Indian Medical Review
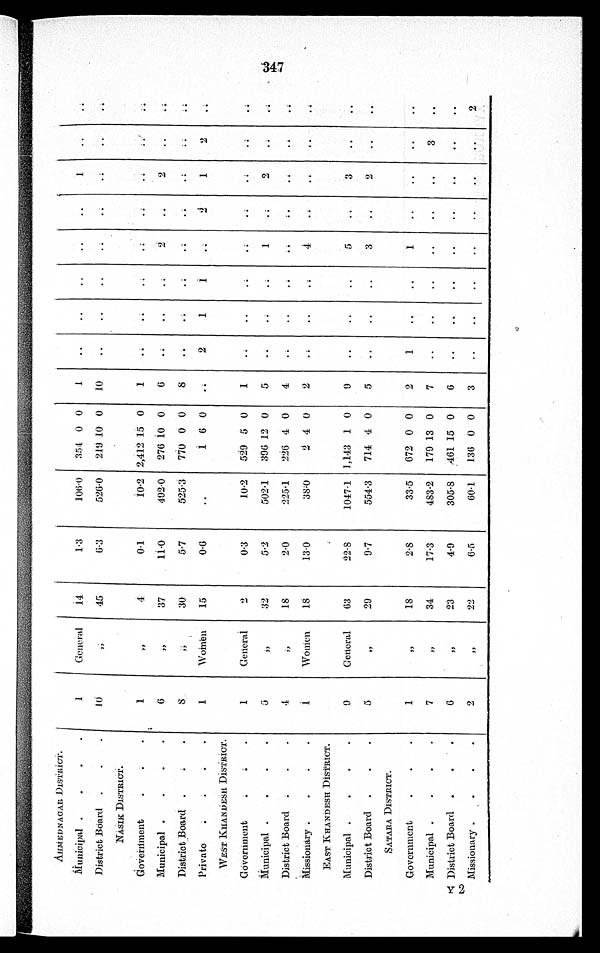
AHMEDNAGAR DISTRICT.
Municipal
1
General
14
1·3
106·0
354 0 0
1
..
..
..
..
..
1
..
. .
District Board
10
,;
45
6·3
526·0
219 10 0
10
..
..
..
. .
. .
. .
. .
. .
NASIK DISTRICT.
Government
,
,
4
0·1
10·2 2,412 15 0
1
. .
. .
. .
. .
. .
. .
. .
. .
Municipal
6
, ,
37
11·0
492·0
276 10 0
6
. .
..
. .
2
. .
2
. .
. .
District Board
8
, ,
30
5·7
525·3
770 0 0
8
. .
. .
. .
. .
. .
. .
. .
. .
Private
1
Women
15
0·6 ..
1 6 0
. .
2
1
1
. .
2
1
2
. .
WEST KHANDESH DISTRICT.
Government
1
General
2
0·3
10·2
529 5 0
1
. .
..
. .
. .
. .
. .
. .
. .
Municipal
5
, , 32
5·2
502·1
396 12 0
5
. .
. .
. .
1
. .
2
. .
. .
District Board
4
, , 18
2·0
225·1
226 4 0
4
. .
..
. .
. .
..
. .
. .
. .
Missionary
1
Women
I8
13·0
38·0
2 4 0
2
. .
..
. .
4
. .
..
..
. .
EAST KHANDESH DISTRICT.
,
Municipal
9
General
63
22·8
1047·1 1,143 1 0
9
..
. .
. .
5
..
. .
. .
. .
District Board
5
, ,
29
9·7
554·3
714 4 0
5
..
. .
. .
3
..
. .
. .
. .
SATARA DISTRICT.
Government
1
, ,
18
2·8
33·5
672 0 0
2
. .
. .
. .
. .
. .
. .
. .
. .
Municipal
7
, ,
34
17·3
483·2
179 13 0
7
..
..
..
. .
. .
. .
3
..
District Board
6
, ,
23
4·9
305·8
461 15 0
6
..
..
..
..
..
. .
. .
. .
Missionary
2
, ,
22
6·5
60·1
136 0 0
3
..
..
..
. .
. .
. .
. .
2
347